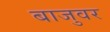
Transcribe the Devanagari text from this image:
बाजुवर